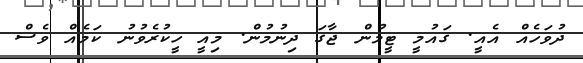
ދުވަހެއް އެއީ. ގައުމީ ޓީމުން ޖާގަ ދިނުމުން. މިއީ ހީކުރެވުނު ކަމެއް ވެސް